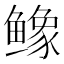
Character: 𬶲